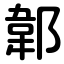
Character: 郼